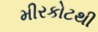
મીરકોટથી